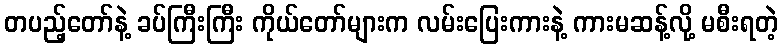
တပည့်တော်နဲ့ ခပ်ကြီးကြီး ကိုယ်တော်များက လမ်းပြေးကားနဲ့ ကားမဆန့်လို့ မစီးရတဲ့